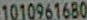
1010961680